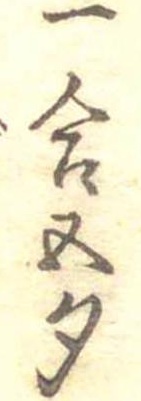
一合五勺